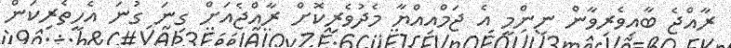
ރާއްޖެ ބާއިވެރިވާން ނިންމީ އެ ޖަމްއިއްޔާ މެދުވެރިކޮށް ރާއްޖެއަށް ގިނަ ގުނަ އެހީތެރިކަން